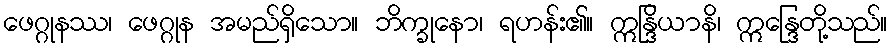
ဖေဂ္ဂုနဿ၊ ဖေဂ္ဂုန အမည်ရှိသော။ ဘိက္ခုနော၊ ရဟန်း၏။ ဣန္ဒြိယာနိ၊ ဣန္ဒြေတို့သည်။